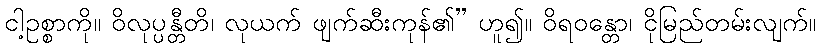
ငါ့ဥစ္စာကို။ ဝိလုပ္ပန္တီတိ၊ လုယက် ဖျက်ဆီးကုန်၏” ဟူ၍။ ဝိရဝန္တော၊ ငိုမြည်တမ်းလျက်။